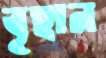
বৃহান